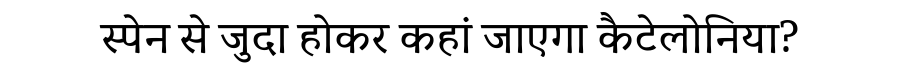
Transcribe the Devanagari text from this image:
स्पेन से जुदा होकर कहां जाएगा कैटेलोनिया?